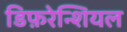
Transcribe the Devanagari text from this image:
डिफ़रेन्शियल